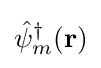
{\hat {\psi }}_{m}^{\dagger }({\bf {r}})